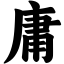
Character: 庸